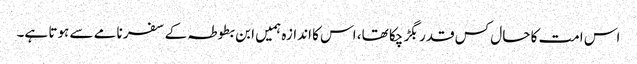
اس امت کا حال کس قدر بگڑ چکا تھا، اس کا اندازہ ہمیں ابن بطوطہ کے سفر نامے سے ہوتا ہے۔